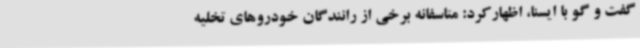
گفت و گو با ایسنا، اظهارکرد: متاسفانه برخی از رانندگان خودروهای تخلیه